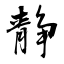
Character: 静